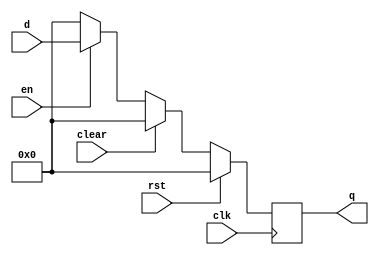
`timescale 1ns / 1ps
//////////////////////////////////////////////////////////////////////////////////
// Company: 
// Engineer: 
// 
// Design Name: 
// Module Name: flopenrc_rw
// Project Name: 
// Target Devices: 
// Tool Versions: 
// Description: 
// 
// Dependencies: 
// 
// Revision:
// Revision 0.01 - File Created
// Additional Comments:
// 
//////////////////////////////////////////////////////////////////////////////////


module flopenrc_rw #(parameter WIDTH = 8)(
	input wire clk,rst,en,clear,
	input wire[WIDTH-1:0] d,
	output reg[WIDTH-1:0] q
    );
	always @(posedge clk) begin
		if(rst) begin
			q <= 0;
		end else if(clear) begin
			q <= 0;
		end else if(en) begin
			/* code */
			q <= d;
        end else if(~en) begin
            q <= 0;
        end
	end
endmodule